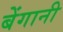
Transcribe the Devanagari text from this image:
बेंगानी